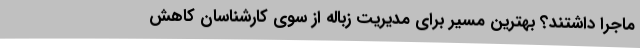
ماجرا داشتند؟ بهترین مسیر برای مدیریت زباله از سوی کارشناسان کاهش